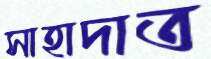
সাহাদাত